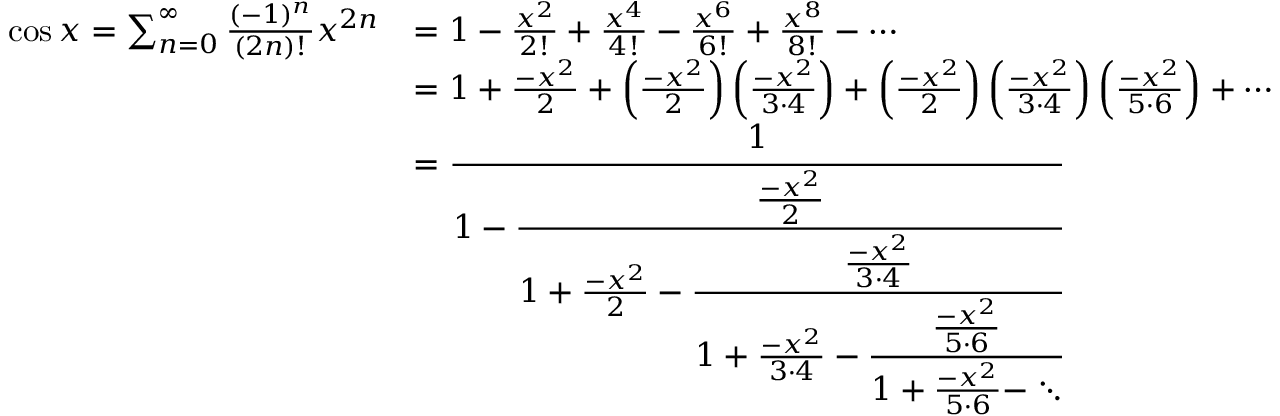
{ \begin{array} { r l } { \cos x = \sum _ { n = 0 } ^ { \infty } { \frac { ( - 1 ) ^ { n } } { ( 2 n ) ! } } x ^ { 2 n } } & { = 1 - { \frac { x ^ { 2 } } { 2 ! } } + { \frac { x ^ { 4 } } { 4 ! } } - { \frac { x ^ { 6 } } { 6 ! } } + { \frac { x ^ { 8 } } { 8 ! } } - \cdots } \\ & { = 1 + { \frac { - x ^ { 2 } } { 2 } } + \left( { \frac { - x ^ { 2 } } { 2 } } \right) \left( { \frac { - x ^ { 2 } } { 3 \cdot 4 } } \right) + \left( { \frac { - x ^ { 2 } } { 2 } } \right) \left( { \frac { - x ^ { 2 } } { 3 \cdot 4 } } \right) \left( { \frac { - x ^ { 2 } } { 5 \cdot 6 } } \right) + \cdots } \\ & { = { \cfrac { 1 } { 1 - { \cfrac { \frac { - x ^ { 2 } } { 2 } } { 1 + { \frac { - x ^ { 2 } } { 2 } } - { \cfrac { \frac { - x ^ { 2 } } { 3 \cdot 4 } } { 1 + { \frac { - x ^ { 2 } } { 3 \cdot 4 } } - { \cfrac { \frac { - x ^ { 2 } } { 5 \cdot 6 } } { 1 + { \frac { - x ^ { 2 } } { 5 \cdot 6 } } - \ddots } } } } } } } } } \end{array} }